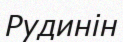
Рудинін